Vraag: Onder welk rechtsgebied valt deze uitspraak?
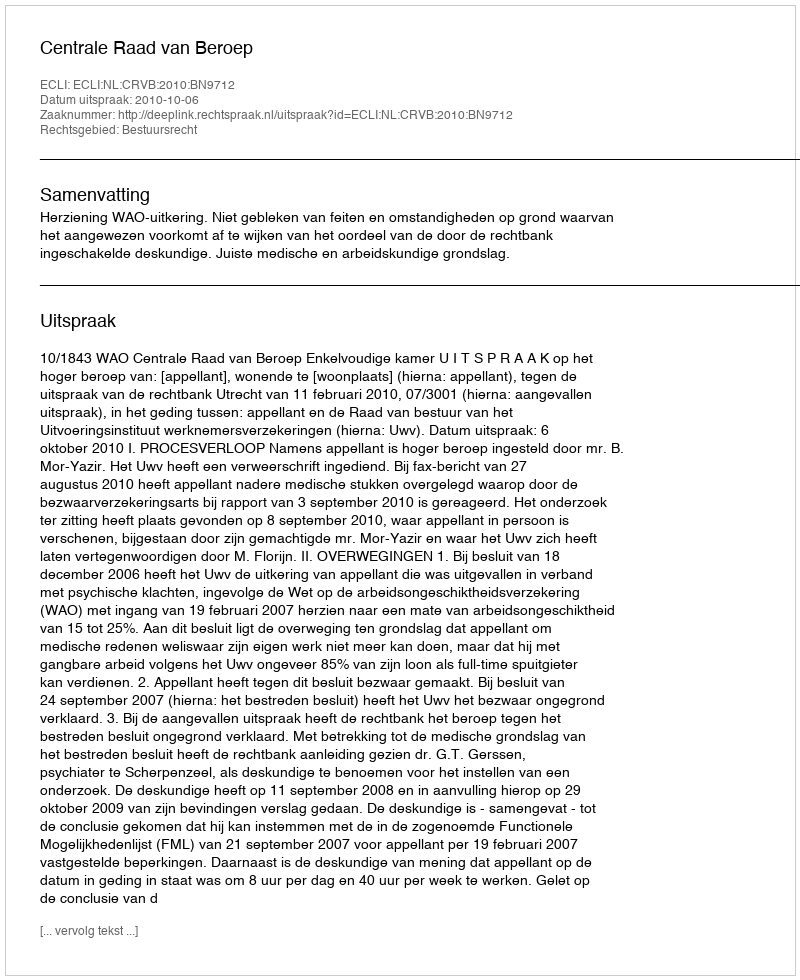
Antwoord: Bestuursrecht